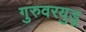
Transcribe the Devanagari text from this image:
गुरुवरयुडू